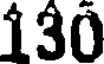
130